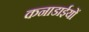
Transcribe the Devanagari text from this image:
कनाडाईयों